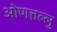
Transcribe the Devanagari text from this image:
ओणत्तल्लु